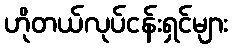
ဟိုတယ်လုပ်ငန်းရှင်များ